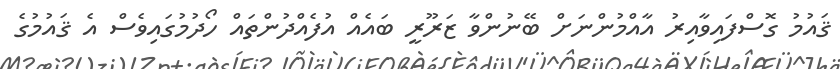
ޤައުމު ގޮސްފައިވާއިރު އާއްމުންނަށް ބޭނުންވާ ޒަރޫރީ ބައެއް އުފެއްދުންތައް ހޯދުމުގައިވެސް އެ ޤައުމުގެ